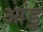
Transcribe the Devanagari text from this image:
आंडु